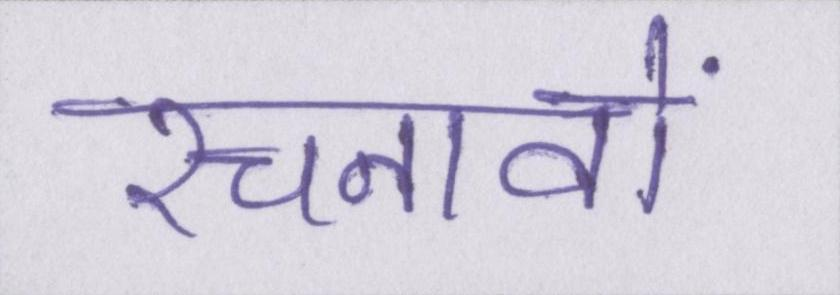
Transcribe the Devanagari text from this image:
रचनावों